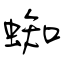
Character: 蜘